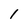
Character: 1